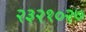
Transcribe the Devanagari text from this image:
२३२१०२७